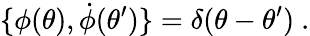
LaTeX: \{ \phi(\theta),\dot{\phi}(\theta^{\prime})\} =\delta(\theta-\theta^{\prime})\ .